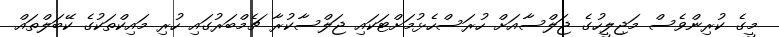
މީގެ ކުރިންވެސް މަޖިލީހުގެ ޖަލްސާއަށް ހުރަސްހެޅުމަށްޓަކައި ޖަލްސާކުރާ ޗެމްބަރުގައި ހުރި މައިކްތަކުގެ ކޭބަލްތައް